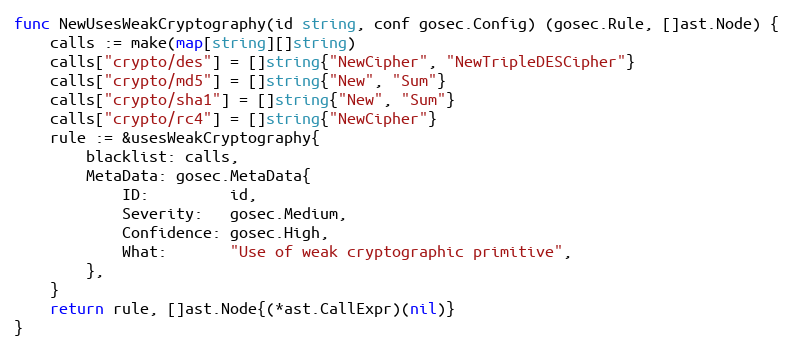
Language: Go
func NewUsesWeakCryptography(id string, conf gosec.Config) (gosec.Rule, []ast.Node) {
	calls := make(map[string][]string)
	calls["crypto/des"] = []string{"NewCipher", "NewTripleDESCipher"}
	calls["crypto/md5"] = []string{"New", "Sum"}
	calls["crypto/sha1"] = []string{"New", "Sum"}
	calls["crypto/rc4"] = []string{"NewCipher"}
	rule := &usesWeakCryptography{
		blacklist: calls,
		MetaData: gosec.MetaData{
			ID:         id,
			Severity:   gosec.Medium,
			Confidence: gosec.High,
			What:       "Use of weak cryptographic primitive",
		},
	}
	return rule, []ast.Node{(*ast.CallExpr)(nil)}
}